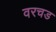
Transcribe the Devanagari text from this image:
वरचड